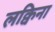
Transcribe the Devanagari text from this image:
लक्विना